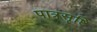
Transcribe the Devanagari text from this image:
पात्रसृष्टि